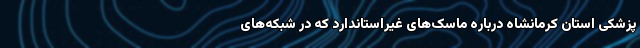
پزشکی استان کرمانشاه درباره ماسک‌های غیراستاندارد که در شبکه‌های